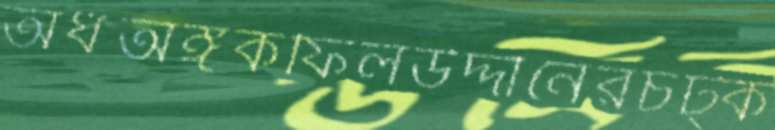
অর্ধঅঙ্গকফিলউদ্দীনেরচট্‌ক